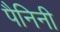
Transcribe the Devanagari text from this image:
पैनिनी